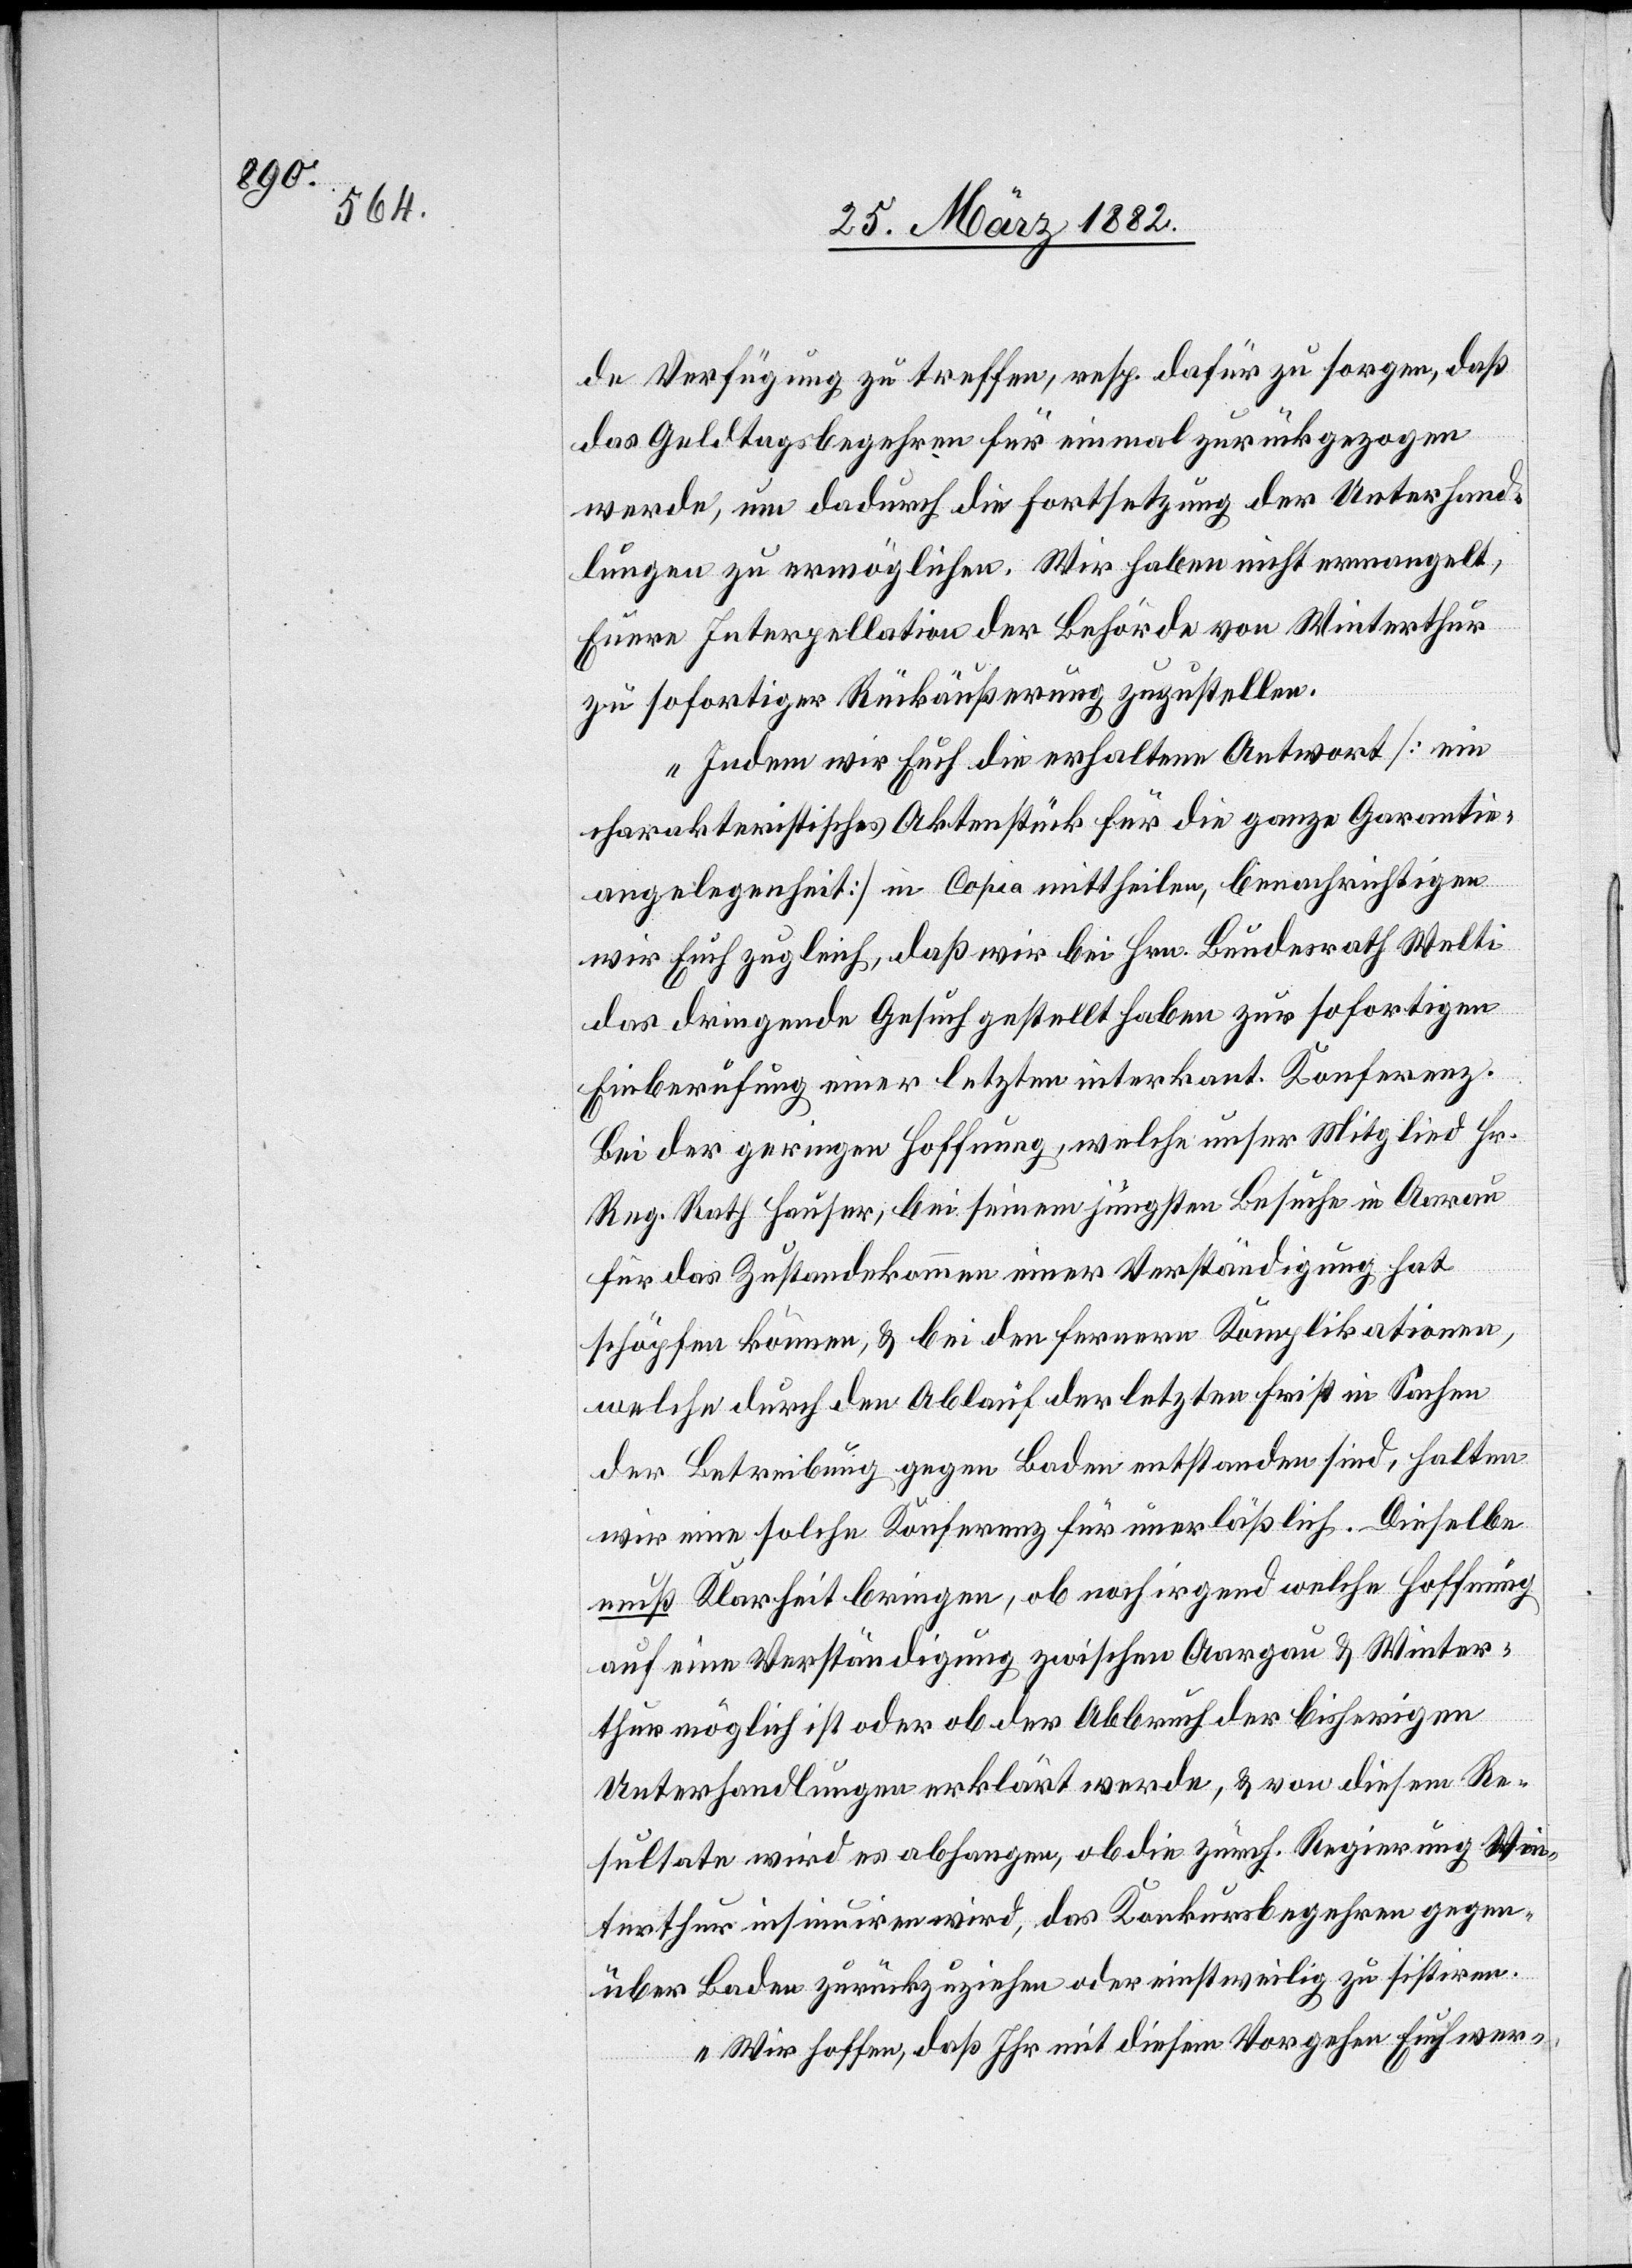
de Verfügung zu treffen, resp. dafür zu sorgen, daß
das Geldtagsbegehren für einmal zurückgezogen
werde, um dadurch die Fortsetzung der Unterhand¬
lungen zu ermöglichen. Wir haben nicht ermangelt,
Euere Interpellation der Behörde von Winterthur
zu sofortiger Rückäußerung zuzustellen.
Indem wir Euch die erhaltene Antwort [ein
charakteristisches Aktenstück für die ganze Garantie¬
angelegenheit] in Copia mittheilen, benachrichtigen
wir Euch zugleich, daß wir bei Hrn. Bundesrath Wetli
das dringende Gesuch gestellt haben zur sofortigen
Einberufung einer letzten interkant. Konferenz.
Bei der geringen Hoffnung, welche unser Mitglied Hr.
Reg. Hauser, bei seinem jüngsten Besuche in Aarau
für das Zustandekommen einer Verständigung hat
schöpfen können, & bei den ferneren Komplikationen,
welche durch den Ablauf der letzten Frist in Sache
der Betreibung gegen Baden entstanden sind, halten
wir eine solche Konferenz für unerläßlich. Dieselbe
muß Klarheit bringen, ob noch irgend welche Hoffnung
auf eine Verständigung zwischen Aargau & Winter¬
thur möglich ist oder ob der Abbruch der bisherigen
Unterhandlungen erklärt werde, & von diesen Re¬
sultaten wird es abhangen, ob die zürch. Regierung Win¬
terthur insinuiren wird, das Konkursbegehren gegen¬
über Baden zurückzuziehen oder einstweilig zu sistieren.
Wir hoffen, daß Ihr mit diesem Vorgehen Euch wer-